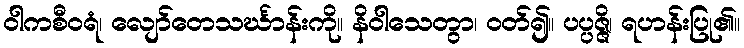
ဝါကစီဝရံ၊ လျော်တေသင်္ဃာန်းကို။ နိဝါသေတွာ၊ ဝတ်၍။ ပပ္ပဇ္ဇိ၊ ရဟန်းပြု၏။